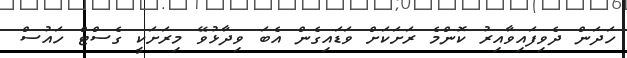
ހަދަން ދެވިފައިވާއިރު ކޮންމެ ރަށަކަށް ވަޑައިގެން އެބަ ވިދާޅުވޭ މިރަށަކީ ގެސްޓް ހައުސް